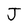
Character: J